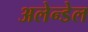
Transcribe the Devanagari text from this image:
अलेन्डेल